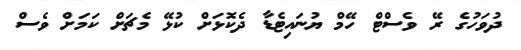
ދުވަހުގެ ރޭ ވެސްޓް ހޭމް ޔުނައިޓެޑާ ދެކޮޅަށް ކުޅޭ މެޗަށް ކަމަށް ވެސް